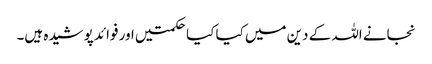
نجانے اللہ کے دین میں کیا کیا حکمتیں اور فوائد پوشیدہ ہیں۔